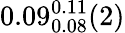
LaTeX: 0.09_{0.08}^{0.11}(2)